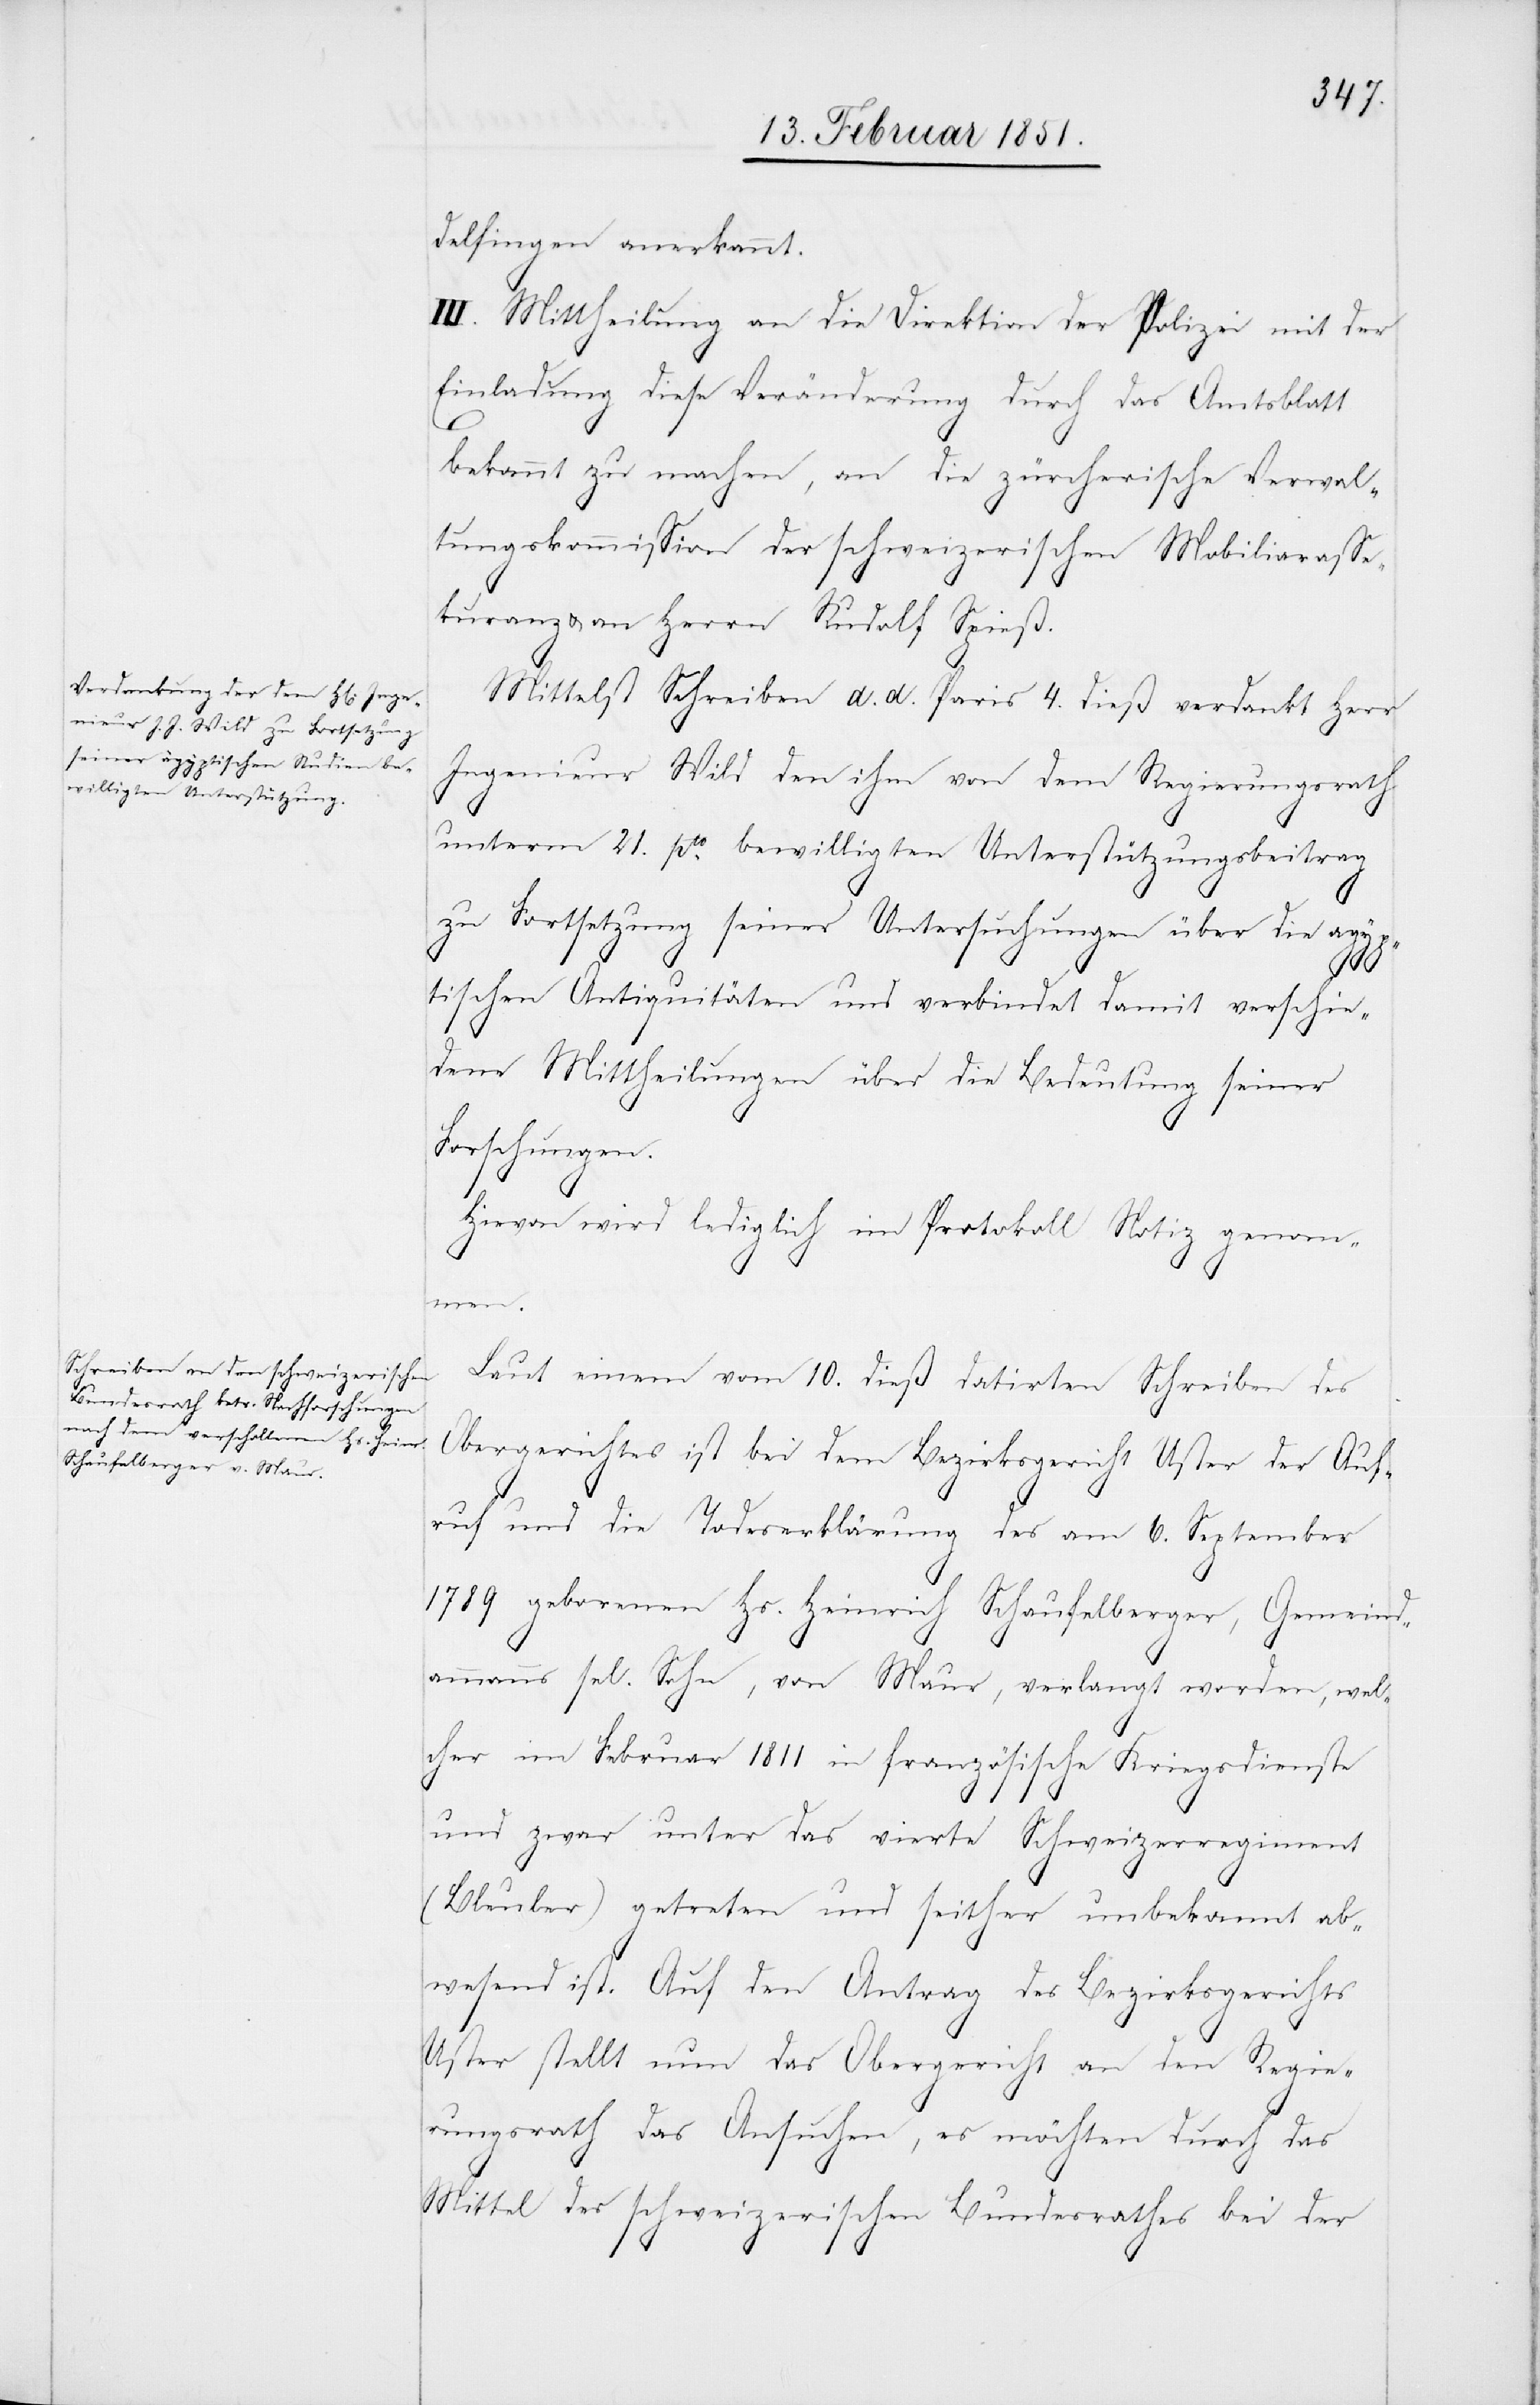
verschie¬

delfingen anerkannt.
III. Mittheilung an die Direktion der Polizei mit der
Einladung diese Veränderung durch das Amtsblatt
bekannt zu machen, an die zürcherische Verwal¬
tungskommission der schweizerischen Mobiliarasse¬
kuranz u. an Herrn Rudolf Spieß.
Mittelst Schreiben d. d. Paris 4. dieß verdankt Herr
Ingenieur Wild den ihm von dem Regierungsrath
unterm 21. pto. bewilligten Unterstützungsbeitrag
zu Fortsetzung seiner Untersuchungen über die agyp¬
dene Mittheilungen über die Bedeutung seiner
Forschungen.
Hievon wird lediglich im Protokoll Notiz genom¬
men.
Laut einem vom 10. dieß datirten Schreiben des
Obergerichtes ist bei dem Bezirksgericht Uster der Auf¬
ruf und die Todeserklärung des am 6. September
1789 geborenen Hs. Heinrich Schaufelberger, Gemeind¬
ammanns sel. Sohn, von Maur, verlangt worden, wel¬
cher im Februar 1811 in französische Kriegsdienste
und zwar unter das vierte Schweizerregiment
(Bleuler) getreten und seither unbekannt ab¬
wesend ist. Auf den Antrag des Bezirksgerichts
Uster stellt nun das Obergericht an den Regie¬
rungsrath das Ansuchen, es möchten durch das
Mittel des schweizerischen Bundesrathes bei der